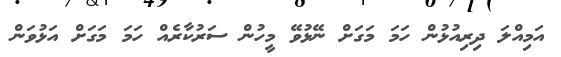
އަމިއްލަ ދިރިއުޅުން ހަމަ މަގަށް ނޭޅުވޭ މީހުން ސަރުކާރެއް ހަމަ މަގަށް އަޅުވަން